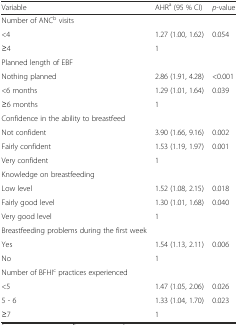
| Variable | AHRa (95 % CI) | p-value |
 | --- | --- | --- |
 | Number of ANCb visits |  |  |
 | <4 | 1.27 (1.00, 1.62) | 0.054 |
 | ≥4 | 1 |  |
 | Planned length of EBF |  |  |
 | Nothing planned | 2.86 (1.91, 4.28) | <0.001 |
 | <6 months | 1.29 (1.01, 1.64) | 0.039 |
 | ≥6 months | 1 |  |
 | Confidence in the ability to breastfeed |  |  |
 | Not confident | 3.90 (1.66, 9.16) | 0.002 |
 | Fairly confident | 1.53 (1.19, 1.97) | 0.001 |
 | Very confident | 1 |  |
 | Knowledge on breastfeeding |  |  |
 | Low level | 1.52 (1.08, 2.15) | 0.018 |
 | Fairly good level | 1.30 (1.01, 1.68) | 0.040 |
 | Very good level | 1 |  |
 | Breastfeeding problems during the first week |  |  |
 | Yes | 1.54 (1.13, 2.11) | 0.006 |
 | No | 1 |  |
 | Number of BFHIc practices experienced |  |  |
 | <5 | 1.47 (1.05, 2.06) | 0.026 |
 | 5 - 6 | 1.33 (1.04, 1.70) | 0.023 |
 | ≥7 | 1 |  |